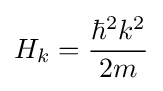
H_{k}={\frac {{\hbar ^{2}}{k^{2}}}{2m}}